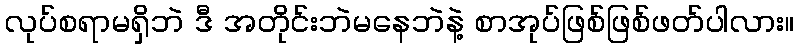
လုပ်စရာမရှိဘဲ ဒီ အတိုင်းဘဲမနေဘဲနဲ့ စာအုပ်ဖြစ်ဖြစ်ဖတ်ပါလား။